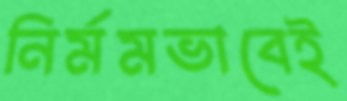
নির্মমভাবেই